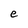
Character: e